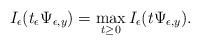
LaTeX: \begin{align*}I_{\epsilon}(t_{\epsilon}\Psi_{\epsilon, y})= \max_{t\geq 0}I_{\epsilon}(t\Psi_{\epsilon, y}).\end{align*}